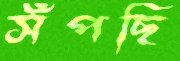
সঁপছি